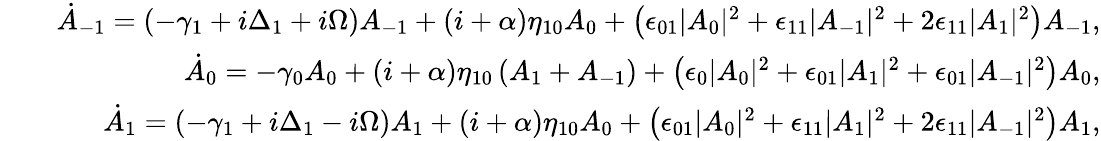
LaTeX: \begin{array}{rlr}&{}&{\dot{A}_{-1}=(-\gamma_{1}+i\Delta_{1}+i\Omega)A_{-1}+(i+\alpha)\eta_{10}A_{0}+\left(\epsilon_{01}|A_{0}|^{2}+\epsilon_{11}|A_{-1}|^{2}+2\epsilon_{11}|A_{1}|^{2}\right)A_{-1},}\\ &{}&{\dot{A}_{0}=-\gamma_{0}A_{0}+(i+\alpha)\eta_{10}\left(A_{1}+A_{-1}\right)+\left(\epsilon_{0}|A_{0}|^{2}+\epsilon_{01}|A_{1}|^{2}+\epsilon_{01}|A_{-1}|^{2}\right)A_{0},}\\ &{}&{\dot{A}_{1}=(-\gamma_{1}+i\Delta_{1}-i\Omega)A_{1}+(i+\alpha)\eta_{10}A_{0}+\left(\epsilon_{01}|A_{0}|^{2}+\epsilon_{11}|A_{1}|^{2}+2\epsilon_{11}|A_{-1}|^{2}\right)A_{1},}\end{array}